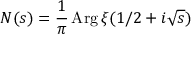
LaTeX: N ( s ) = { \frac { 1 } { \pi } } \operatorname { A r g } \xi ( 1 / 2 + i { \sqrt { s } } )